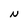
Character: N